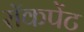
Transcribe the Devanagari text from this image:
रॉकपेंट